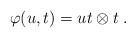
LaTeX: \begin{align*}\varphi(u, t) = ut\otimes t\;.\end{align*}